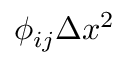
\phi _ { i j } \Delta x ^ { 2 }